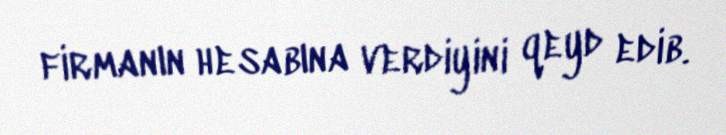
firmanın hesabına verdiyini qeyd edib.